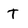
Character: T